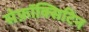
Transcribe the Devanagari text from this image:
सेफ़ॉक्सिटिन